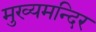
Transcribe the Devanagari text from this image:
मुख्यमन्दिर